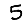
Digit: 5